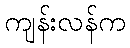
ကျန်းလန်က